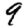
Digit: 9